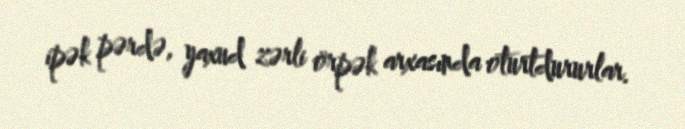
ipək pərdə, yaxud zərli örpək arxasında oturtdururlar.